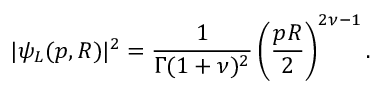
| \psi _ { L } ( p , R ) | ^ { 2 } = \frac { 1 } { \Gamma ( 1 + \nu ) ^ { 2 } } \left( \frac { p R } { 2 } \right) ^ { 2 \nu - 1 } .